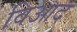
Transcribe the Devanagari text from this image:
विआद